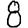
Digit: 8